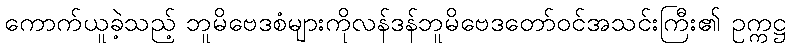
ကောက်ယူခဲ့သည့် ဘူမိဗေဒစံများကိုလန်ဒန်ဘူမိဗေဒတော်ဝင်အသင်းကြီး၏ ဥက္ကဋ္ဌ